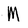
Character: M